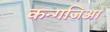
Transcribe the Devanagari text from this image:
कन्गजिआ